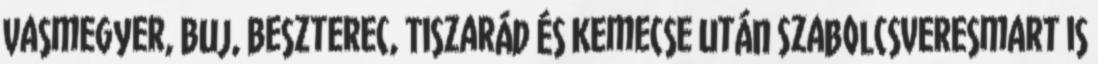
Vasmegyer, Buj, Beszterec, Tiszarád és Kemecse után Szabolcsveresmart is